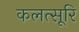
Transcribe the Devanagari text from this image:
कलत्सूरि